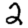
Digit: 2